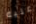
عليه